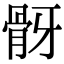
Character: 𩨠